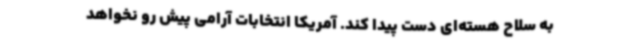
به سلاح هسته‌ای دست پیدا کند. آمریکا انتخابات آرامی پیش‌ رو نخواهد